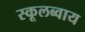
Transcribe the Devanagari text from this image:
स्कूलब्वाय